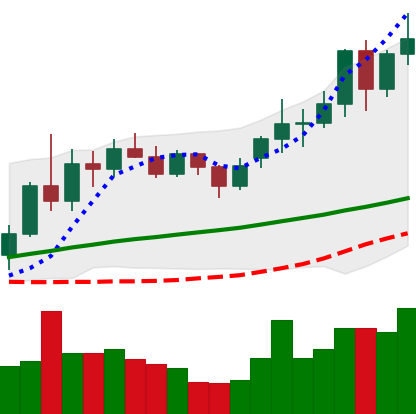
Ticker: LINK-USD
Chart end date: 2020-11-24
Forward return: -14.39%
Label: down_7plus